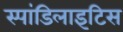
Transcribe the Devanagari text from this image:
स्पांडिलाइटिस